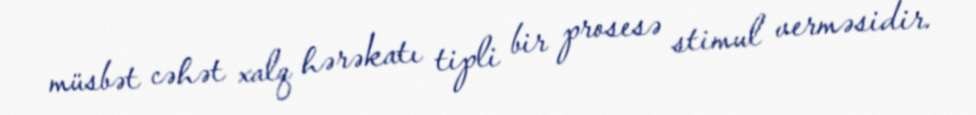
müsbət cəhət xalq hərəkatı tipli bir prosesə stimul verməsidir.